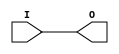
module IBUF_PCIX (O, I);

    output O;

    input  I;

	buf B1 (O, I);


endmodule